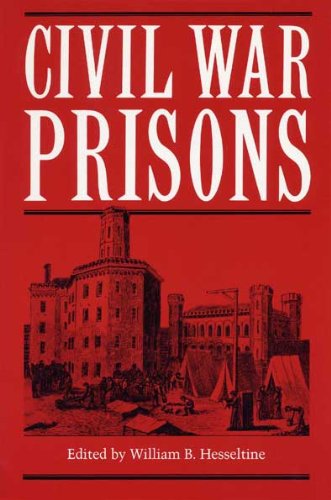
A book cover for Civil War Prisons; History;